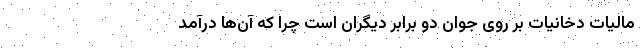
مالیات دخانیات بر روی جوان دو برابر دیگران است چرا که آن‌ها درآمد